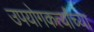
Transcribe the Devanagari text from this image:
उपयोगकर्त्यांच्या